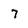
Character: 7